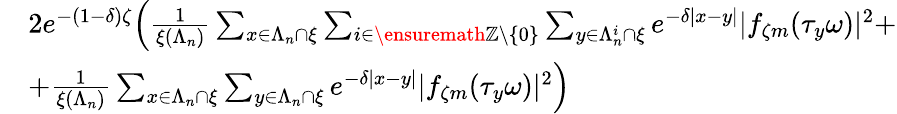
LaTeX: \begin{array}{rl}&{2e^{-(1-\delta)\zeta}\Big(\frac{1}{\xi(\Lambda_{n})}\sum_{x\in\Lambda_{n}\cap\xi}\sum_{i\in{\ensuremath{\mathbb Z}}\setminus\{ 0\} }\sum_{y\in\Lambda_{n}^{i}\cap\xi}e^{-\delta|x-y|}|f_{\zeta m}(\tau_{y}\omega)|^{2}+}\\ &{+\frac{1}{\xi(\Lambda_{n})}\sum_{x\in\Lambda_{n}\cap\xi}\sum_{y\in\Lambda_{n}\cap\xi}e^{-\delta|x-y|}|f_{\zeta m}(\tau_{y}\omega)|^{2}\Big)}\end{array}